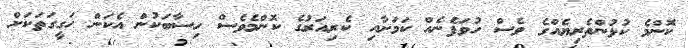
ކޮންމެ ކުޅުންތެރިޔެއްގެ ވެސް ހުވަފެނެއް ކަމަށާއި ކެރިއަރުގެ ކޮންމެވެސް ހިސާބަކުން އެކަން ހަގީގަތަކަށް